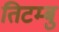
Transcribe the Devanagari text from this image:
तिटम्बु